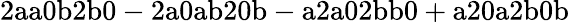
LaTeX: \mathrm{2aa0b2b0-2a0ab20b-a2a02bb0+a20a2b0b}